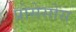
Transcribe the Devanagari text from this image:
प्रोसेसोस